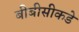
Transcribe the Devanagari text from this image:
बीबीसीकडे